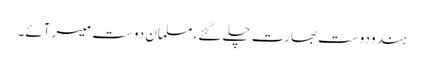
ہندو دوست بھارت چلے گئے، مسلمان دوست میسر آئے۔